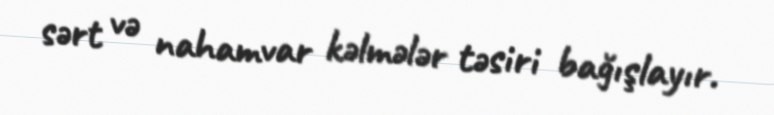
sərt və nahamvar kəlmələr təsiri bağışlayır.